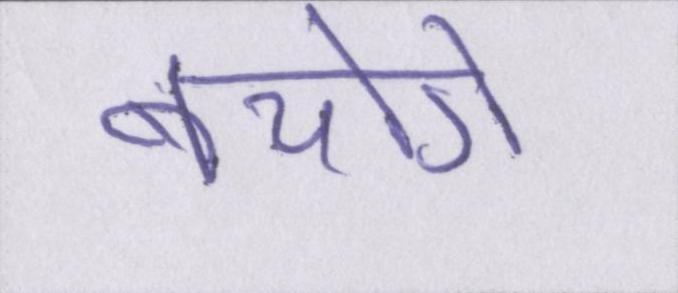
बचोगे